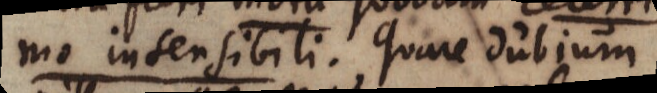
mo insensibili. Quare dubium